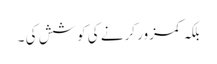
بلکہ کمزور کرنے کی کوشش کی ۔